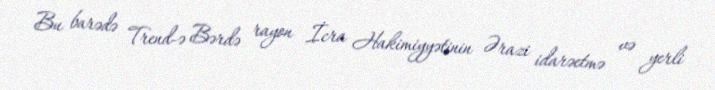
Bu barədə Trend-ə Bərdə rayon İcra Hakimiyyətinin Ərazi idarəetmə və yerli